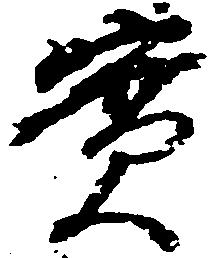
実